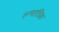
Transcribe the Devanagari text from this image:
रुग्णतंत्रिक